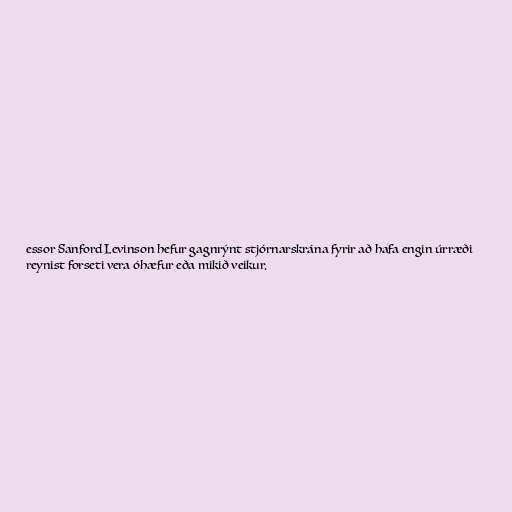
essor Sanford Levinson hefur gagnrýnt stjórnarskrána fyrir að hafa engin úrræði
reynist forseti vera óhæfur eða mikið veikur.